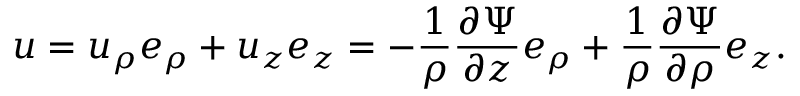
{ \boldsymbol { u } } = u _ { \rho } { \boldsymbol { e } } _ { \rho } + u _ { z } { \boldsymbol { e } } _ { z } = - { \frac { 1 } { \rho } } { \frac { \partial \Psi } { \partial z } } { \boldsymbol { e } } _ { \rho } + { \frac { 1 } { \rho } } { \frac { \partial \Psi } { \partial \rho } } { \boldsymbol { e } } _ { z } .